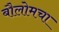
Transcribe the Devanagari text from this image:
बौलोमचा